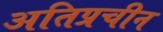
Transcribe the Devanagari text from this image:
अतिप्रचीन